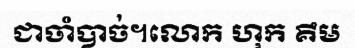
ជាចាំបាច់។លោក ហុក គឹម